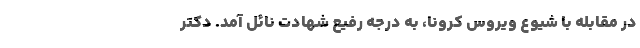
در مقابله با شیوع ویروس کرونا، به درجه رفیع شهادت نائل آمد. دکتر